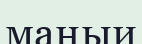
маңыи